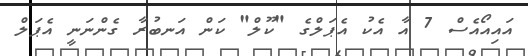
އައިއޯއެސް 7 އާ އެކު އެޕަލްގެ "ކޫލް" ކަން އަނބުރާ ގެންނަނީ އެޕަލް